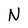
Character: N